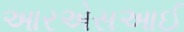
આરએસઆઈ